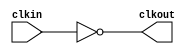
module bw_clk_gclk_inv_288x (
    clkout,
    clkin );

    output clkout;
    input  clkin;
 
    assign clkout = ~( clkin );

endmodule